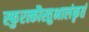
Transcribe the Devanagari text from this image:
स्फुरत्कौस्तुभालंकृतं